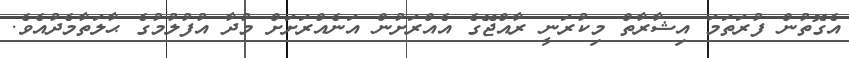
އެގޮތުން ފުރަތަމަ އިޝާރާތް މިކުރަނީ ރާއްޖޭގެ އެއްރަށުން އަނެއްރަށަށް މުދާ އުފުލުމުގެ ޙާލަތާމެދުއެވެ.